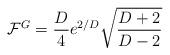
LaTeX: \begin{align*}\mathcal{F}^{G}=\frac{D}{4}e^{2/D}\sqrt{\frac{D+2}{D-2}}\end{align*}